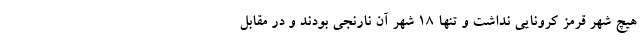
هیچ شهر قرمز کرونایی نداشت و تنها ۱۸ شهر آن نارنجی بودند و در مقابل